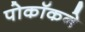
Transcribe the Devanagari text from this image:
पोकॉकने